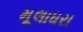
મૂલાધરા